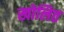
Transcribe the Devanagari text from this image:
खोलित